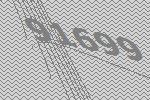
91699